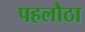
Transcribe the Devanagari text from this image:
पहलौठा